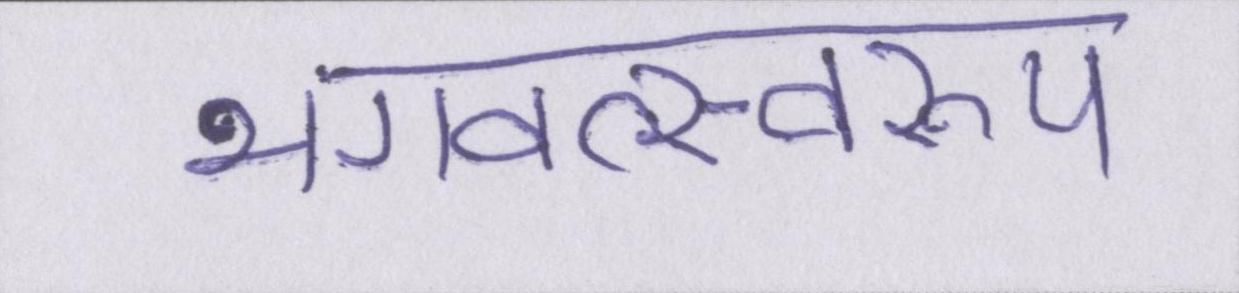
भगवत्स्वरूप